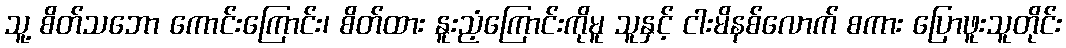
သူ့ စိတ်သဘော ကောင်းကြောင်း၊ စိတ်ထား နူးညံ့ကြောင်းကိုမူ သူနှင့် ငါးမိနစ်လောက် စကား ပြောဖူးသူတိုင်း